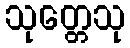
သုတ္တေသု